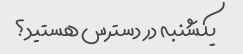
یکشنبه در دسترس هستید؟